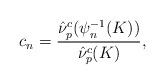
LaTeX: \begin{align*}c_n=\frac{\hat{\nu}^c_p(\psi_n^{-1}(K))}{\hat{\nu}^c_p(K)},\end{align*}